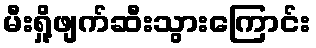
မီးရှို့ဖျက်ဆီးသွားကြောင်း